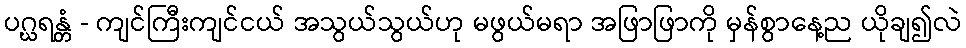
ပဂ္ဃရန္တံ - ကျင်ကြီးကျင်ငယ် အသွယ်သွယ်ဟု မဖွယ်မရာ အဖြာဖြာကို မှန်စွာနေ့ည ယိုချ၍လဲ